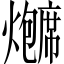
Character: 𬋗